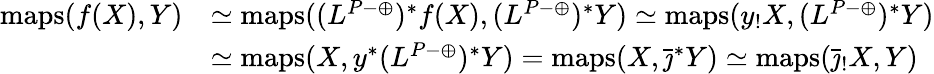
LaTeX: \begin{array}{rl}{\textup{maps}(f(X),Y)}&{\simeq\textup{maps}((L^{P\mathrm{-}\oplus})^{*}f(X),(L^{P\mathrm{-}\oplus})^{*}Y)\simeq\textup{maps}(y_{!}X,(L^{P\mathrm{-}\oplus})^{*}Y)}\\ &{\simeq\textup{maps}(X,y^{*}(L^{P\mathrm{-}\oplus})^{*}Y)=\textup{maps}(X,\bar{\jmath}^{*}Y)\simeq\textup{maps}(\bar{\jmath}_{!}X,Y)}\end{array}